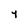
Character: 4